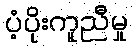
ပံ့ပိုးကူညီမှု